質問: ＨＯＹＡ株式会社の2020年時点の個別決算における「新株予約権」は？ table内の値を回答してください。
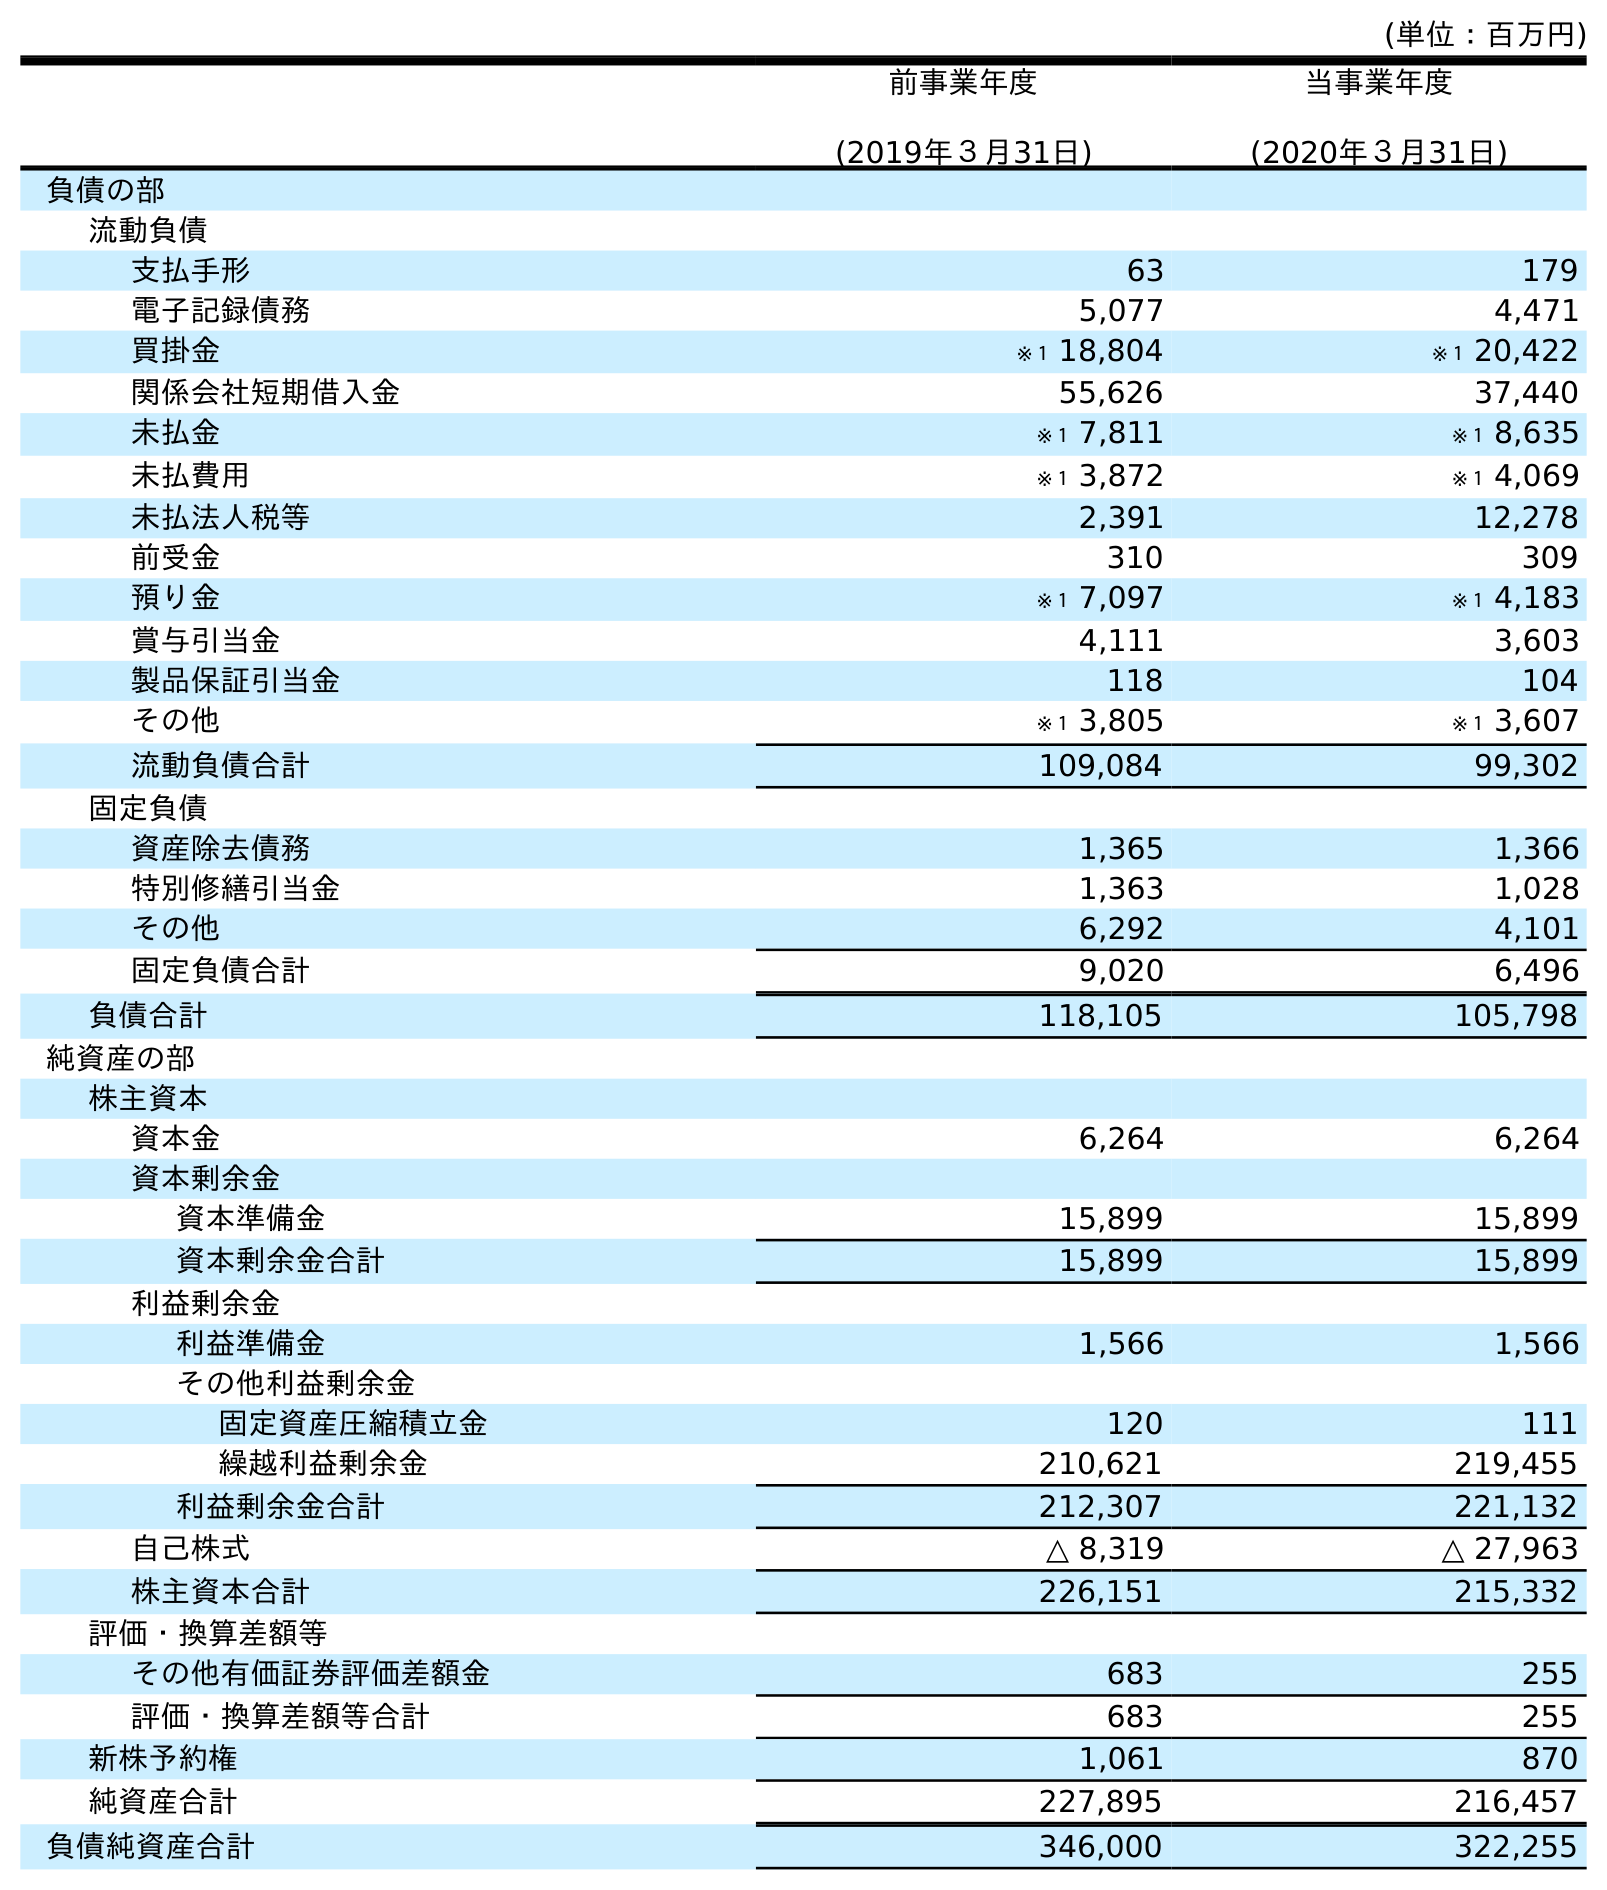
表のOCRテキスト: (単位：百万円) 前事業年度 (2019年３月31日) 当事業年度 (2020年３月31日) 負債の部 流動負債 支払手形 63 179 電子記録債務 5,077 4,471 買掛金 ※１ 18,804 ※１ 20,422 関係会社短期借入金 55,626 37,440 未払金 ※１ 7,811 ※１ 8,635 未払費用 ※１ 3,872 ※１ 4,069 未払法人税等 2,391 12,278 前受金 310 309 預り金 ※１ 7,097 ※１ 4,183 賞与引当金 4,111 3,603 製品保証引当金 118 104 その他 ※１ 3,805 ※１ 3,607 流動負債合計 109,084 99,302 固定負債 資産除去債務 1,365 1,366 特別修繕引当金 1,363 1,028 その他 6,292 4,101 固定負債合計 9,020 6,496 負債合計 118,105 105,798 純資産の部 株主資本 資本金 6,264 6,264 資本剰余金 資本準備金 15,899 15,899 資本剰余金合計 15,899 15,899 利益剰余金 利益準備金 1,566 1,566 その他利益剰余金 固定資産圧縮積立金 120 111 繰越利益剰余金 210,621 219,455 利益剰余金合計 212,307 221,132 自己株式 △ 8,319 △ 27,963 株主資本合計 226,151 215,332 評価・換算差額等 その他有価証券評価差額金 683 255 評価・換算差額等合計 683 255 新株予約権 1,061 870 純資産合計 227,895 216,457 負債純資産合計 346,000 322,255
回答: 870